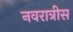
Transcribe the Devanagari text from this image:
नवरात्रीस